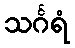
သင်္ဂရံ